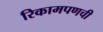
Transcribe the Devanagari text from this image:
रिकामपणची